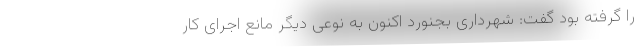
را گرفته بود گفت: شهرداری بجنورد اکنون به نوعی دیگر مانع اجرای کار